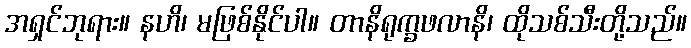
အရှင်ဘုရား။ နဟိ၊ မဖြစ်နိုင်ပါ။ တာနိရုက္ခဖလာနိ၊ ထိုသစ်သီးတို့သည်။